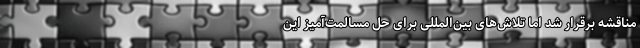
مناقشه برقرار شد اما تلاش‌های بین‌المللی برای حل مسالمت‌آمیز این